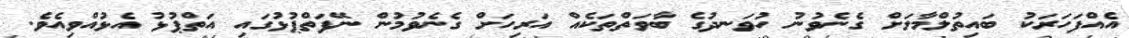
އެއްފަހަރަކު ބައިތުލްމާލަށް ގެނެވުނު ހުވަނދުގެ ބާވަތްތަކެއް އަރިހަށް ގެނެވުމުން ނޭފަތްޕުޅުގައި އަތްޕުޅު އެޅުއްވިއެވެ.